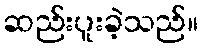
ဆည်းပူးခဲ့သည်။